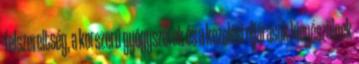
felszereltség, a korszerű gyógyszerek és a kezelési eljárások kiegészülnek